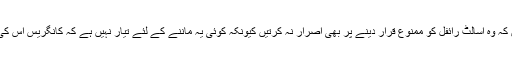
وہ یہ بھی کہتی ہیں کہ وُہ اسالٹ رائفل کو ممنوع قرار دینے پر بھی اصرار نہ کرتیں کیونکہ کوئی یہ ماننے کے لئے تیار نہیں ہے کہ کانگریس اس کی منظوری دے گی۔